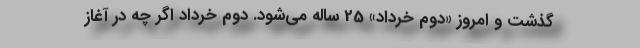
گذشت و امروز «دوم خرداد» 25 ساله می‌شود. دوم خرداد اگر چه در آغاز